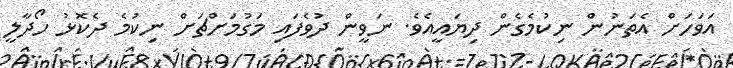
އަވަހަށް އެތަނުން ނިކުމެގެން ދިޔައީއެވެ. ނަވީން ދުވެފައި މަގުމަށްޗަށް ނިކުމެ ދެކޮޅު ހޯދާލީ